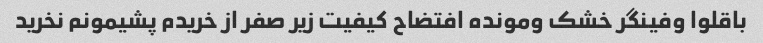
باقلوا وفینگر خشک ومونده افتضاح کیفیت زیر صفر از خریدم پشیمونم نخرید